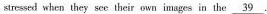
stressed when they see their own images in the \underline { 3 9 } .